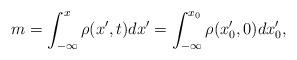
LaTeX: \begin{align*}m=\int_{-\infty}^x \rho(x',t) dx'=\int_{-\infty}^{x_0}\rho(x_0',0)dx'_0, \end{align*}